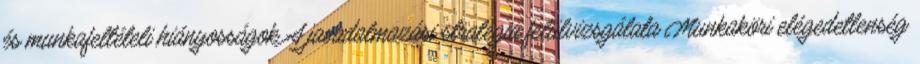
és munkafeltételi hiányosságok A javadalmazási stratégia felülvizsgálata Munkaköri elégedetlenség